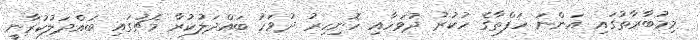
މިމުބާރާތުގައި އަންނަ ހަފްތާގެ ހުކުރު ދުވަހާއި ހޮނިހިރު ދުވަހު ބައްދަލުކުރާ މެޗުގައި ބައްދަލުކުރާނީ